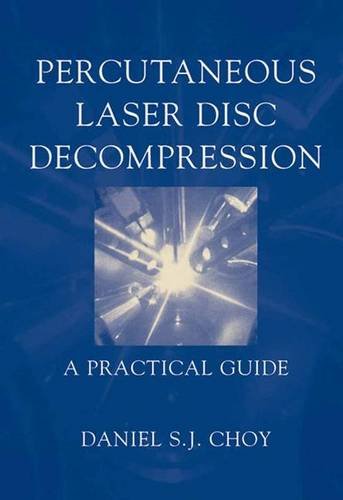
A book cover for Percutaneous Laser Disc Decompression: A Practical Guide; Daniel S.J. Choy; Medical Books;